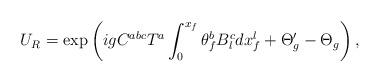
LaTeX: \begin{align*}U_{R}=\exp \left( igC^{abc}T^{a}\int_{0}^{x_{f}}\theta^{b}_{f}B^{c}_{l}dx^{l}_{f} + \Theta'_{g}-\Theta_{g}\right),\end{align*}